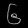
Digit: ၆